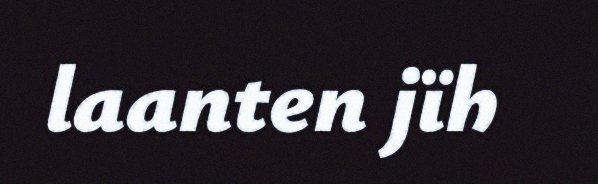
laanten jïh